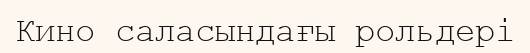
Кино саласындағы рольдері